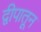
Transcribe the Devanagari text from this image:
द्वीपातून